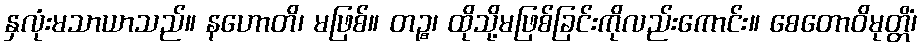
နှလုံးမသာယာသည်။ နဟောတိ၊ မဖြစ်။ တဉ္စ၊ ထိုသို့မဖြစ်ခြင်းကိုလည်းကောင်း။ စေတောဝိမုတ္တိံ၊